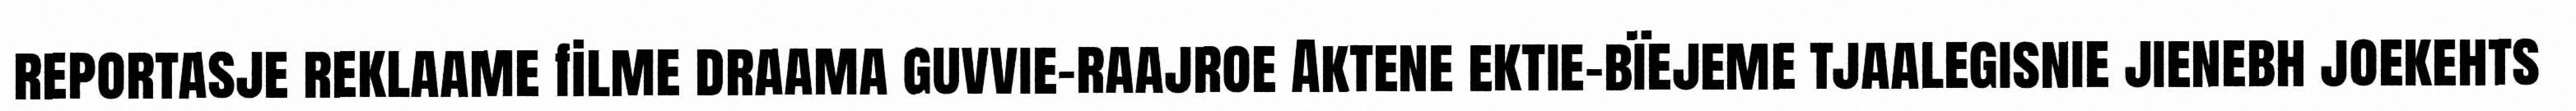
reportasje reklaame filme draama guvvie-raajroe Aktene ektie-bïejeme tjaalegisnie jienebh joekehts